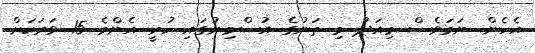
އެހެން ނަމަވެސް މިއަދު މި ތަނުގެ އުސްމިނުގައި ހުރީ އެންމެ 15 ވަރަކަށް